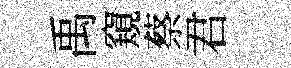
禹窺蔡君